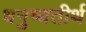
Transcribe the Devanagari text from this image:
धनुष्यतीर्थ